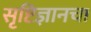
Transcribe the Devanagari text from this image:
सृष्टिज्ञानचा